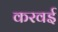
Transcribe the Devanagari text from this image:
करवई